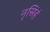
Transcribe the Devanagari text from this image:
नृसिंहं